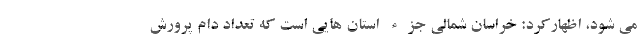
می شود، اظهارکرد: خراسان شمالی جزء استان هایی است که تعداد دام پرورش